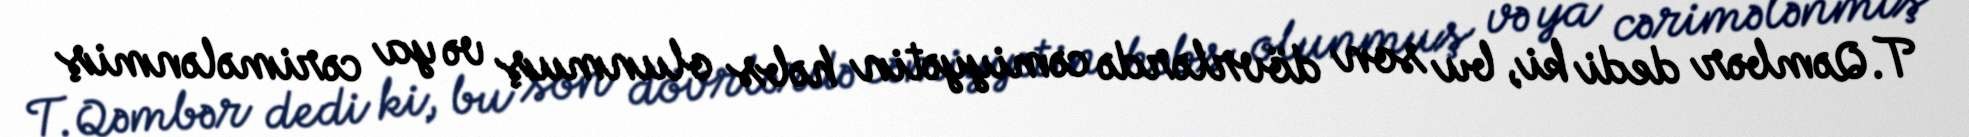
T.Qəmbər dedi ki, bu son dövrlərdə cəmiyyətin həbs olunmuş və ya cərimələnmiş